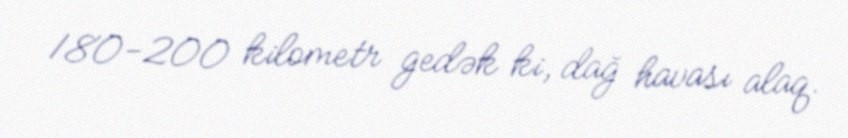
180-200 kilometr gedək ki, dağ havası alaq.